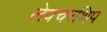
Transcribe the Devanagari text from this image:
लेक्चरशिप